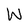
Character: W